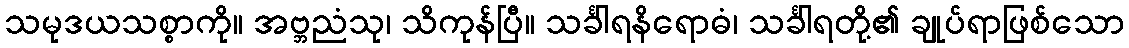
သမုဒယသစ္စာကို။ အဗ္ဘညံသု၊ သိကုန်ပြီ။ သင်္ခါရနိရောဓံ၊ သင်္ခါရတို့၏ ချုပ်ရာဖြစ်သော